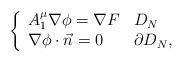
\begin{align*} \left\{ \begin{array}{ll} A_1^{\mu}\nabla \phi=\nabla F & D_N \\ \nabla \phi\cdot \vec{n}=0 & \partial D_N, \end{array} \right.\end{align*}